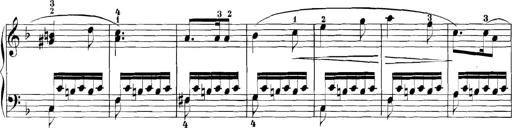
Title: 3 Sonatinas
Composer: Carl Reinecke